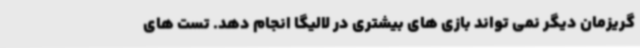
گریزمان دیگر نمی تواند بازی های بیشتری در لالیگا انجام دهد. تست های